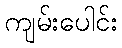
ကျမ်းပေါင်း